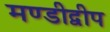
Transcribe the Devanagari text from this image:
मण्डीद्वीप